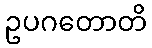
ဥပဂတောတိ